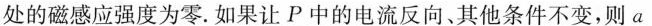
处的磁感应强度为零。如果让P中的电流反向、其他条件不变，则a